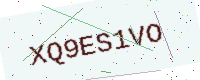
Text: XQ9ES1VO